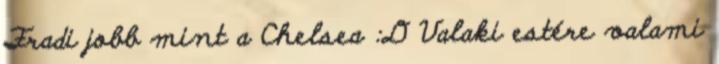
Fradi jobb mint a Chelsea :D Valaki estére valami